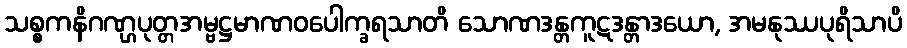
သစ္စကနိဂဏ္ဌပုတ္တအမ္ဗဋ္ဌမာဏဝပေါက္ခရသာတိ သောဏဒန္တကူဋဒန္တာဒယော, အမနုဿပုရိသာပိ